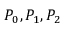
P _ { 0 } , P _ { 1 } , P _ { 2 }